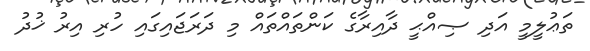
ތަޢުލީމީ އަދި ޞިއްޙީ ދާއިރާގެ ކަންތައްތައް މި ދަރަޖައިގައި ހުރި އިރު ޚުދު